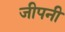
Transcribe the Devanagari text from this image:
जीपनी